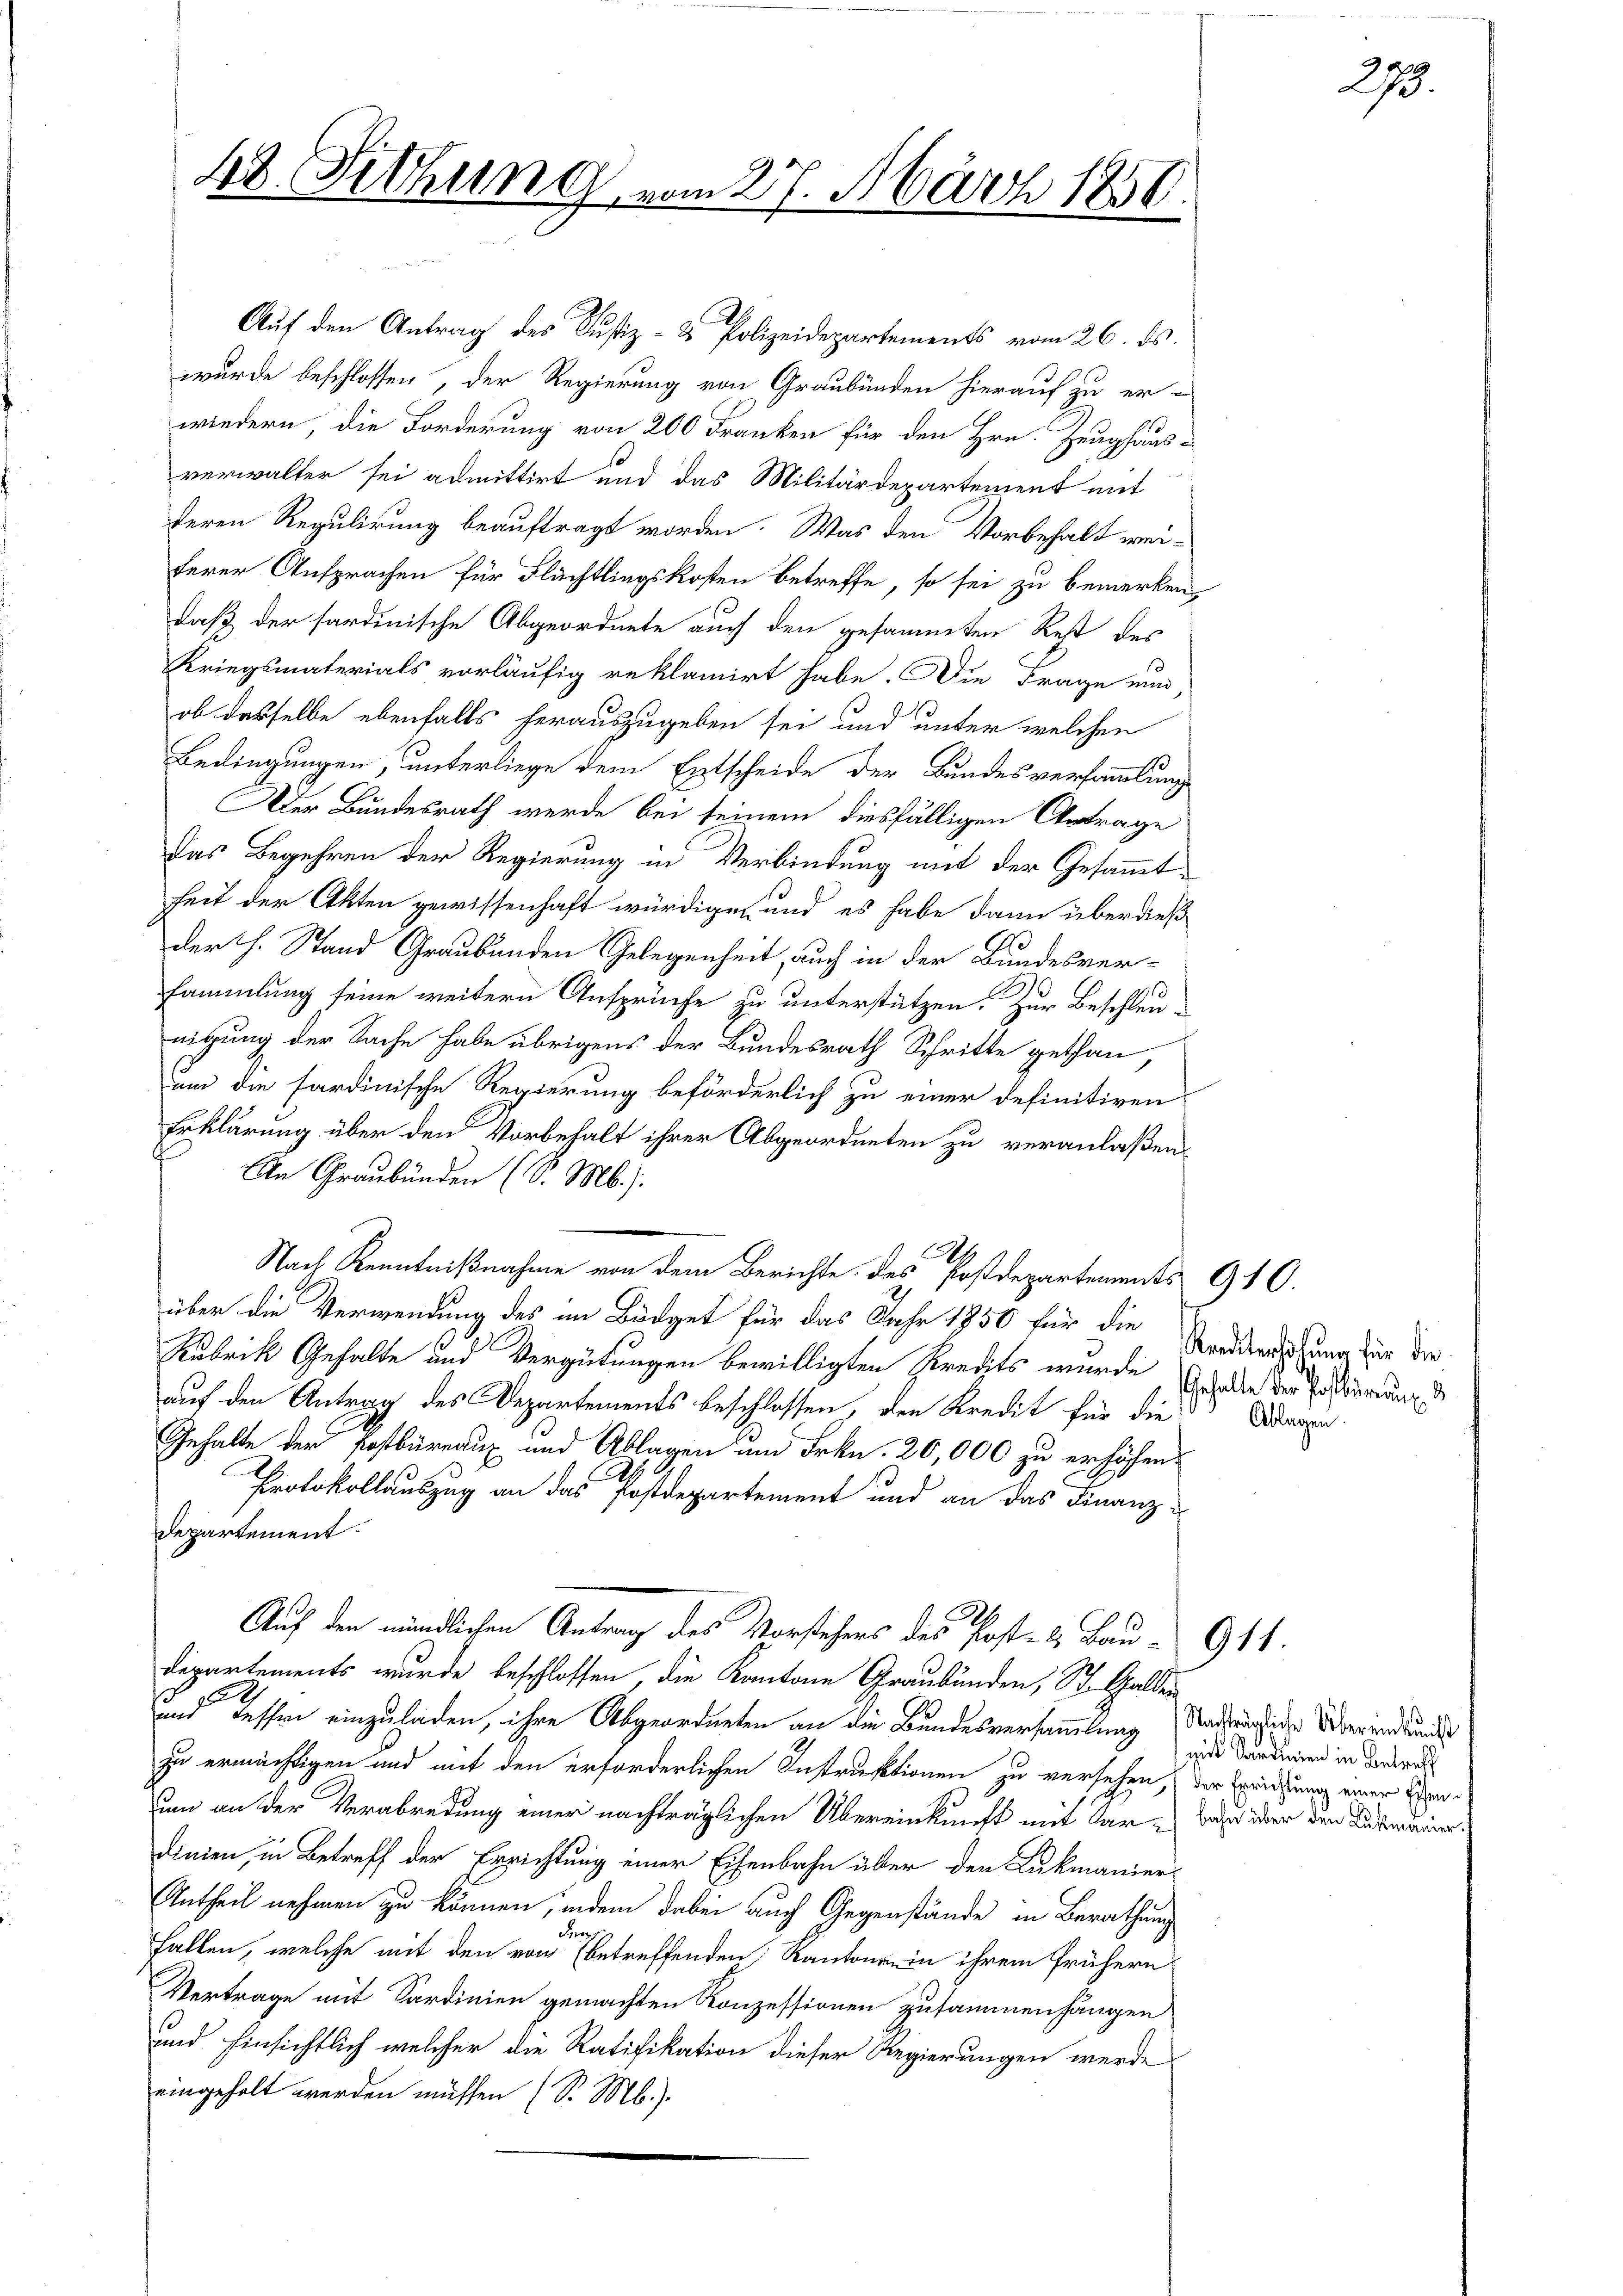
48. Sitzung

vom 27. März 1850.

Auf den Antrag des Justiz- & Polizeidepartements vom 26. ds.
wurde beschlossen, der Regierung von Graubünden hierauf zu er-
wiedern, die Forderung von 200 Franken für den Hrn. Zeughaus-
verwalter sei admittirt und das Militärdepartement mit
feren Regulirung beauftragt worden. Was den Vorbehalt weiferer Ansprachen für Flächtlingskosten betreffe, so sei zu bemerken,
daß der sardinische Abgeordnete auch den gesammten Rest des
Kriegsmaterials vorläufig reklamirt habe. Die Frage nun
ob dasselbe ebenfalls herauszugeben sei und unter welchen
Bedingungen, unterliege dem Entscheide der Bundesversammlung
Der Bundesrath werde bei seinem diesfälligen Antrage
Das Begehren der Regierung in Verbindung mit der Gesammtheit der Akten gewissenhaft würdigen und es habe dann überdieß
der H. Stand Graubünden Gelegenheit, auch in der Bundesver-
sammlung seine weitern Ansprüche zu unterstützen. Zur Beschleu-
nigung der Sache habe übrigens der Bundesrath Schritte gethan,
um die sardinische Regierung beförderlich zu einer definitiven
Erklärung über den Vorbehalt ihrer Abgeordneten zu veranlaßen.
An Graubünden (S. Mb.).
A
Nach Kenntnißnahme von dem Berichte des Postdepartements 910.
über die Verwendung des im Büdget für das Jahr 1850 für die Kredeterschung für die
Rubrik Gehalte und Vergütungen bewilligten Kredits wurde, schaden der Postirung d
auf den Antrag des Departements beschlossen, den Kredit für die
Gehalte der Postbüreaux und Ablagen um Frkn. 20,000 zu erhöhen.
Protokollauszug an das Postdepartement und an das Finanz¬
Departement.
Auf den mündlichen Antrag des Vorstehers des Post- & Bau- 911
Departements wurde beschlossen, die Kantone Graubünden, St. Galden
und dessen einzuladen, ihre Abgeordneten an die Bundesversammlung die Über und kundes
zu ermächtigen und mit den erforderlichen Instruktionen zu versehen, der Erwirkung einer Senum an der Verabredung einer nachträglichen Übereinkunft mit dare daher über den Literer
dinien, in Betreff der Errichtung einer Eisenbahn über den Lukmanier
Antheil nehmen zu können, indem dabei auch Gegenstände in Berathung
de
fallen, welche mit den von betreffenden Kantonsein ihrem frühern
Vertrage mit Sardinien gemachten Konzessionen zusammenhängen
und hinsichtlich welcher die Ratifikation dieser Regierungen werde
eingeholt werden müssen (S. M.)

Ablagen.

273.

mit Sardinien in Betreff